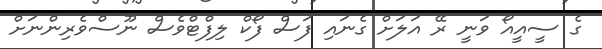
ގެ ސީއީއޯ ވަނީ ރޭ އަލަށް ގެނައި ފަސް ފޯކް ލިފްޓްވެސް ނޫސްވެރިންނަށް